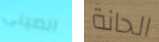
الصينى الحانة